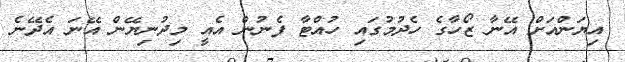
އިޔަންއަށް އޭނާ ޒޯހާގެ ހެދުމުގައި ހުއްޓާ ފެނުން އެއީ މިދުނިޔޭން އޭނަ އެދޭނެ